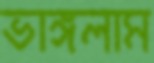
ভাঙ্গলাম